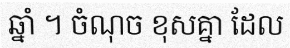
ឆ្នាំ ។ ចំណុច ខុសគ្នា ដែល